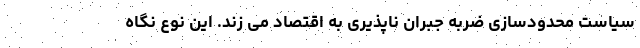
سیاست محدودسازی ضربه جبران ناپذیری به اقتصاد می زند. این نوع نگاه